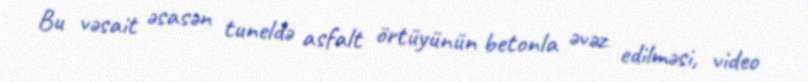
Bu vəsait əsasən tuneldə asfalt örtüyünün betonla əvəz edilməsi, video